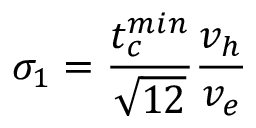
\sigma _ { 1 } = \frac { t _ { c } ^ { m i n } } { \sqrt { 1 2 } } \frac { v _ { h } } { v _ { e } }